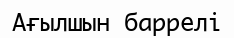
Ағылшын баррелі